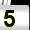
Digit: 5